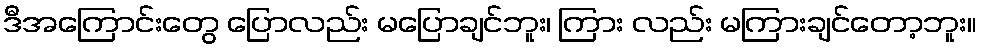
ဒီအကြောင်းတွေ ပြောလည်း မပြောချင်ဘူး၊ ကြား လည်း မကြားချင်တော့ဘူး။